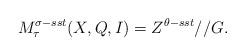
LaTeX: \begin{align*} M_\tau^{\sigma-sst}(X,Q,I)=Z^{\theta-sst}//G.\end{align*}